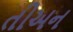
તીઅન